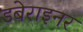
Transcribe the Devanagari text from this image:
डबेराइनर